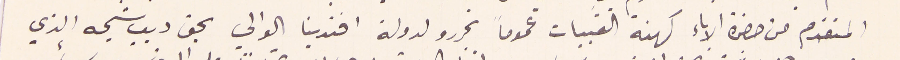
المتقدم من حضرة الاباء كهنة القبيات عموماً تحررو لدولة افندينا الوالي بحق ديب شيحه الذي